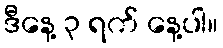
ဒီနေ့ ၃ ရက် နေ့ပါ။